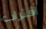
اقتراب